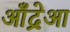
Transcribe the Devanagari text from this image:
आँद्रेआ